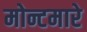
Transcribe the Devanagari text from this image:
मोन्टमारे